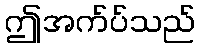
ဤအက်ပ်သည်